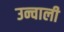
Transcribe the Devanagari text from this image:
उन्चाली